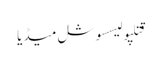
قتلپولیسسوشل میڈیا